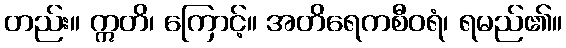
တည်း။ ဣတိ၊ ကြောင့်။ အတိရေကစီဝရံ၊ ရမည်၏။